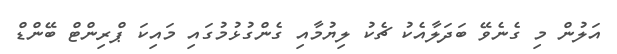
އަލުން މި ގެނެވޭ ބަދަލާއެކު ޗެކު ލިޔުމާއި ގެންގުޅުމުގައި މައިކަ ޕްރިންޓް ބޭންޑް